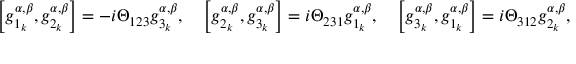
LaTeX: \left[ g _ { 1 _ { k } } ^ { \alpha , \beta } , g _ { 2 _ { k } } ^ { \alpha , \beta } \right] = - i \Theta _ { 1 2 3 } g _ { 3 _ { k } } ^ { \alpha , \beta } , \quad \left[ g _ { 2 _ { k } } ^ { \alpha , \beta } , g _ { 3 _ { k } } ^ { \alpha , \beta } \right] = i \Theta _ { 2 3 1 } g _ { 1 _ { k } } ^ { \alpha , \beta } , \quad \left[ g _ { 3 _ { k } } ^ { \alpha , \beta } , g _ { 1 _ { k } } ^ { \alpha , \beta } \right] = i \Theta _ { 3 1 2 } g _ { 2 _ { k } } ^ { \alpha , \beta } ,